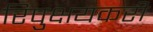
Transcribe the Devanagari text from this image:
रिपुक्षयकरी